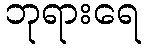
ဘုရားရေ